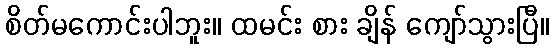
စိတ်မကောင်းပါဘူး။ ထမင်း စား ချိန် ကျော်သွားပြီ။